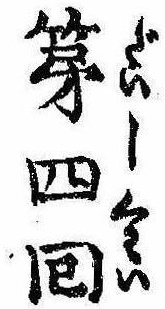
第四回